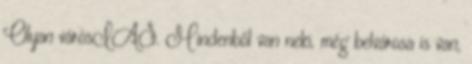
Olyan városIAS. Mindenből van neki, még belvárosa is van,